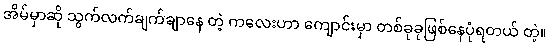
အိမ်မှာဆို သွက်လက်ချက်ချာနေ တဲ့ ကလေးဟာ ကျောင်းမှာ တစ်ခုခုဖြစ်နေပုံရတယ် တဲ့။